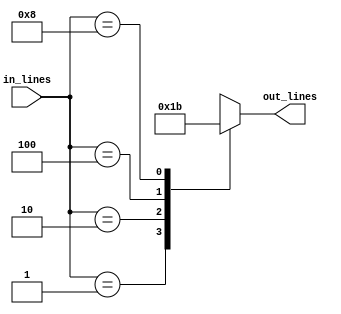
module encoder_4_to_2_behavioral(in_lines, out_lines);
    input[3:0] in_lines; // 8-bit vector for input lines
    output[1:0] out_lines; // 3-bit vector for output lines
    
    // It is important to declare 'reg' of the same size as the output vector.
    reg[1:0] out_lines;
    
    //* Behavioral Modelling
    always @(in_lines) begin
      case (in_lines) 
        4'b0001 : out_lines = 2'b00;
        4'b0010 : out_lines = 2'b01;
        4'b0100 : out_lines = 2'b10;
        4'b1000 : out_lines = 2'b11;
        default : out_lines = 2'bxx; // Since behavior for cases other than the ones mentioned above is NOT defined in encoder.
      endcase
    end
endmodule


module encoder_4_to_2_behavioral_test;
    reg[3:0] in_lines;
    
    wire[1:0] out_lines;
    
    encoder_4_to_2_behavioral wire_driver(in_lines, out_lines);
    
    initial begin
            in_lines = 4'b0001;
      #20   in_lines = 4'b0010;
      #20   in_lines = 4'b0100;
      #20   in_lines = 4'b1000;
      #20 $finish;
    end
      
endmodule